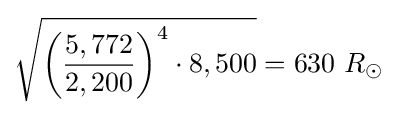
{\sqrt {{\biggl (}{\frac {5,772}{2,200}}{\biggr )}^{4}\cdot 8,500}}=630\ R_{\odot }